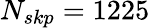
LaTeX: N_{skp}=1225